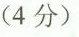
（4分)